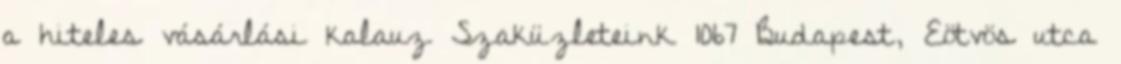
a hiteles vásárlási kalauz Szaküzleteink 1067 Budapest, Eötvös utca